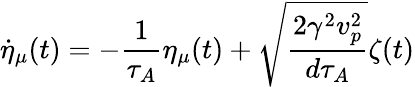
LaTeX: \dot{\eta}_{\mu}(t)=-\frac{1}{\tau_{A}}\eta_{\mu}(t)+\sqrt{\frac{2\gamma^{2}v_{p}^{2}}{d\tau_{A}}}\zeta(t)